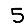
Digit: 5